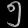
Digit: ၅